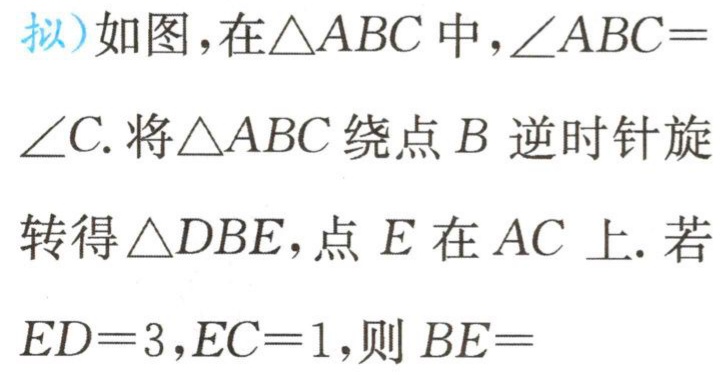
拟）如图，在\(\triangle ABC\)中，\(\angle ABC = \angle C\). 将\(\triangle ABC\)绕点\(B\)逆时针旋转得\(\triangle DBE\)，点\(E\)在\(AC\)上. 若\(ED = 3\)，\(EC = 1\)，则\(BE =\)